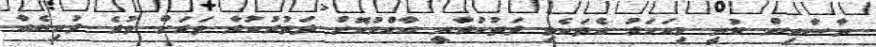
ނާސާއިން ބުނީ މިއަހަރު އެތަކެތި ދަތުކުރާނީ އާއްމުކޮށް ދަތުރުކުރާ ވަރަށް ވުރެ ދުނިޔެއާ